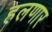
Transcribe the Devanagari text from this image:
हलणार